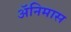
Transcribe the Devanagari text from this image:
ॲनिमास